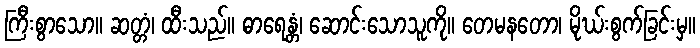
ကြီးစွာသော။ ဆတ္တံ၊ ထီးသည်။ ဓာရေန္တံ၊ ဆောင်းသောသူကို။ တေမနတော၊ မိုဃ်းစွက်ခြင်းမှ။